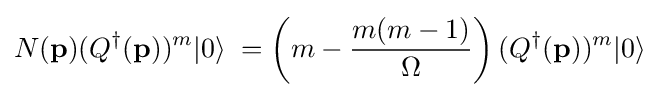
N(\mathbf {p} )(Q^{\dagger }(\mathbf {p} ))^{m}|0\rangle \;=\left(m-{m(m-1) \over \Omega }\right)(Q^{\dagger }(\mathbf {p} ))^{m}|0\rangle